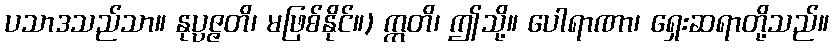
ပသာဒသည်သာ။ နုပ္ပဇ္ဇတိ၊ မဖြစ်နိုင်။) ဣတိ၊ ဤသို့။ ပေါရာဏာ၊ ရှေးဆရာတို့သည်။